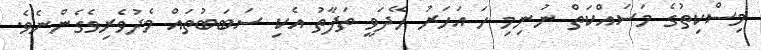
މިސްކިތުގެ މަސައްކަތް ނުނިމި ހަ އަހަރު ހޭދަވީ ތަފާތު އެކި ސަބަބުތައް މެދުވެރިވެގެންނެވެ.